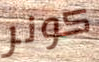
كونر